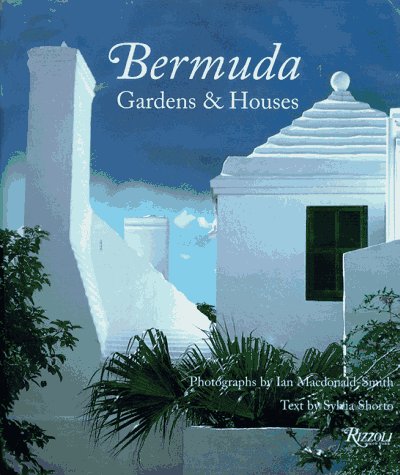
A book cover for Bermuda: Gardens and Houses; Sylvia Shorto; Travel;